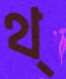
থ্